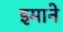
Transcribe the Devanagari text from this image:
इमाने